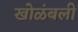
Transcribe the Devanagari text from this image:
खोळंबली